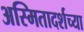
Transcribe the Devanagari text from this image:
अस्मितादर्शच्या